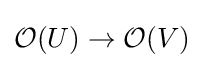
{\mathcal {O}}(U)\to {\mathcal {O}}(V)